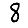
Digit: 8